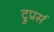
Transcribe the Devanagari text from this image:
ट्रुप्रर्स